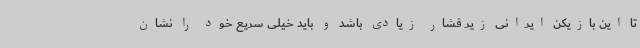
تا این بازیکن ایرانی زیر فشار زیادی باشد و باید خیلی سریع خود را نشان